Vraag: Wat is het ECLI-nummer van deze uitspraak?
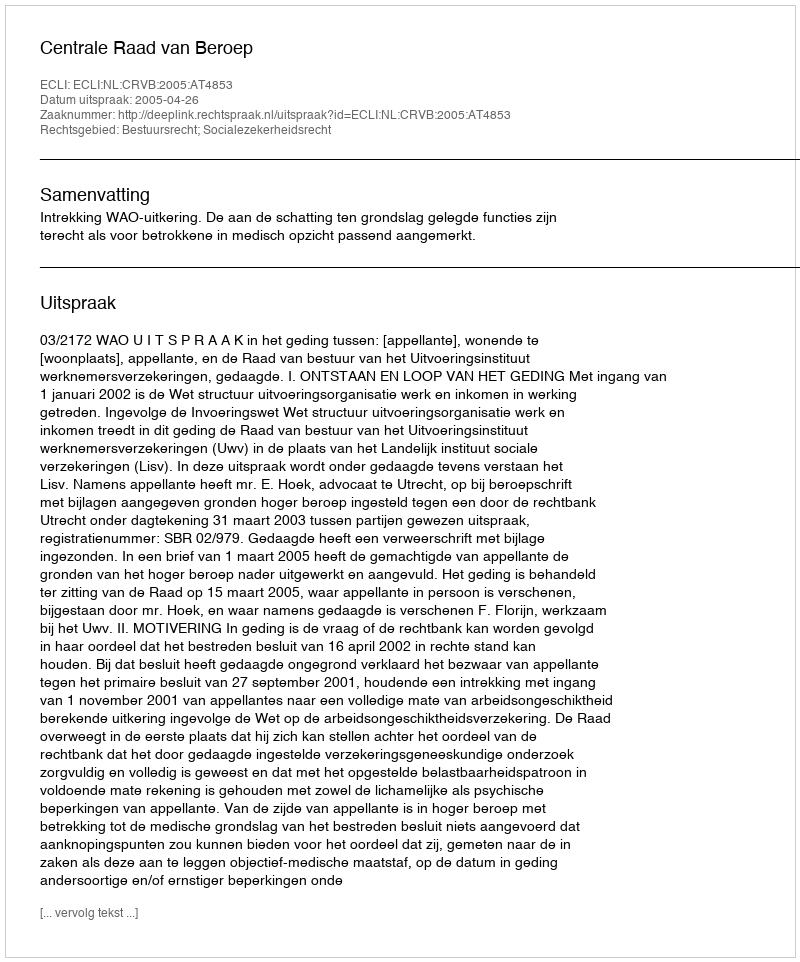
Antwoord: ECLI:NL:CRVB:2005:AT4853